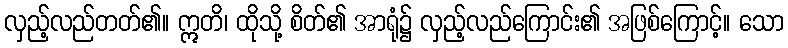
လှည့်လည်တတ်၏။ ဣတိ၊ ထိုသို့ စိတ်၏ အာရုံ၌ လှည့်လည်ကြောင်း၏ အဖြစ်ကြောင့်။ သော